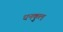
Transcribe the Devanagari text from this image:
धनकुल